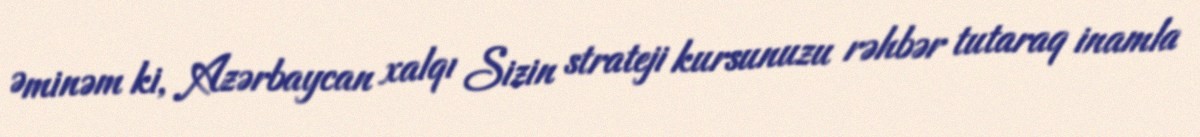
Əminəm ki, Azərbaycan xalqı Sizin strateji kursunuzu rəhbər tutaraq inamla